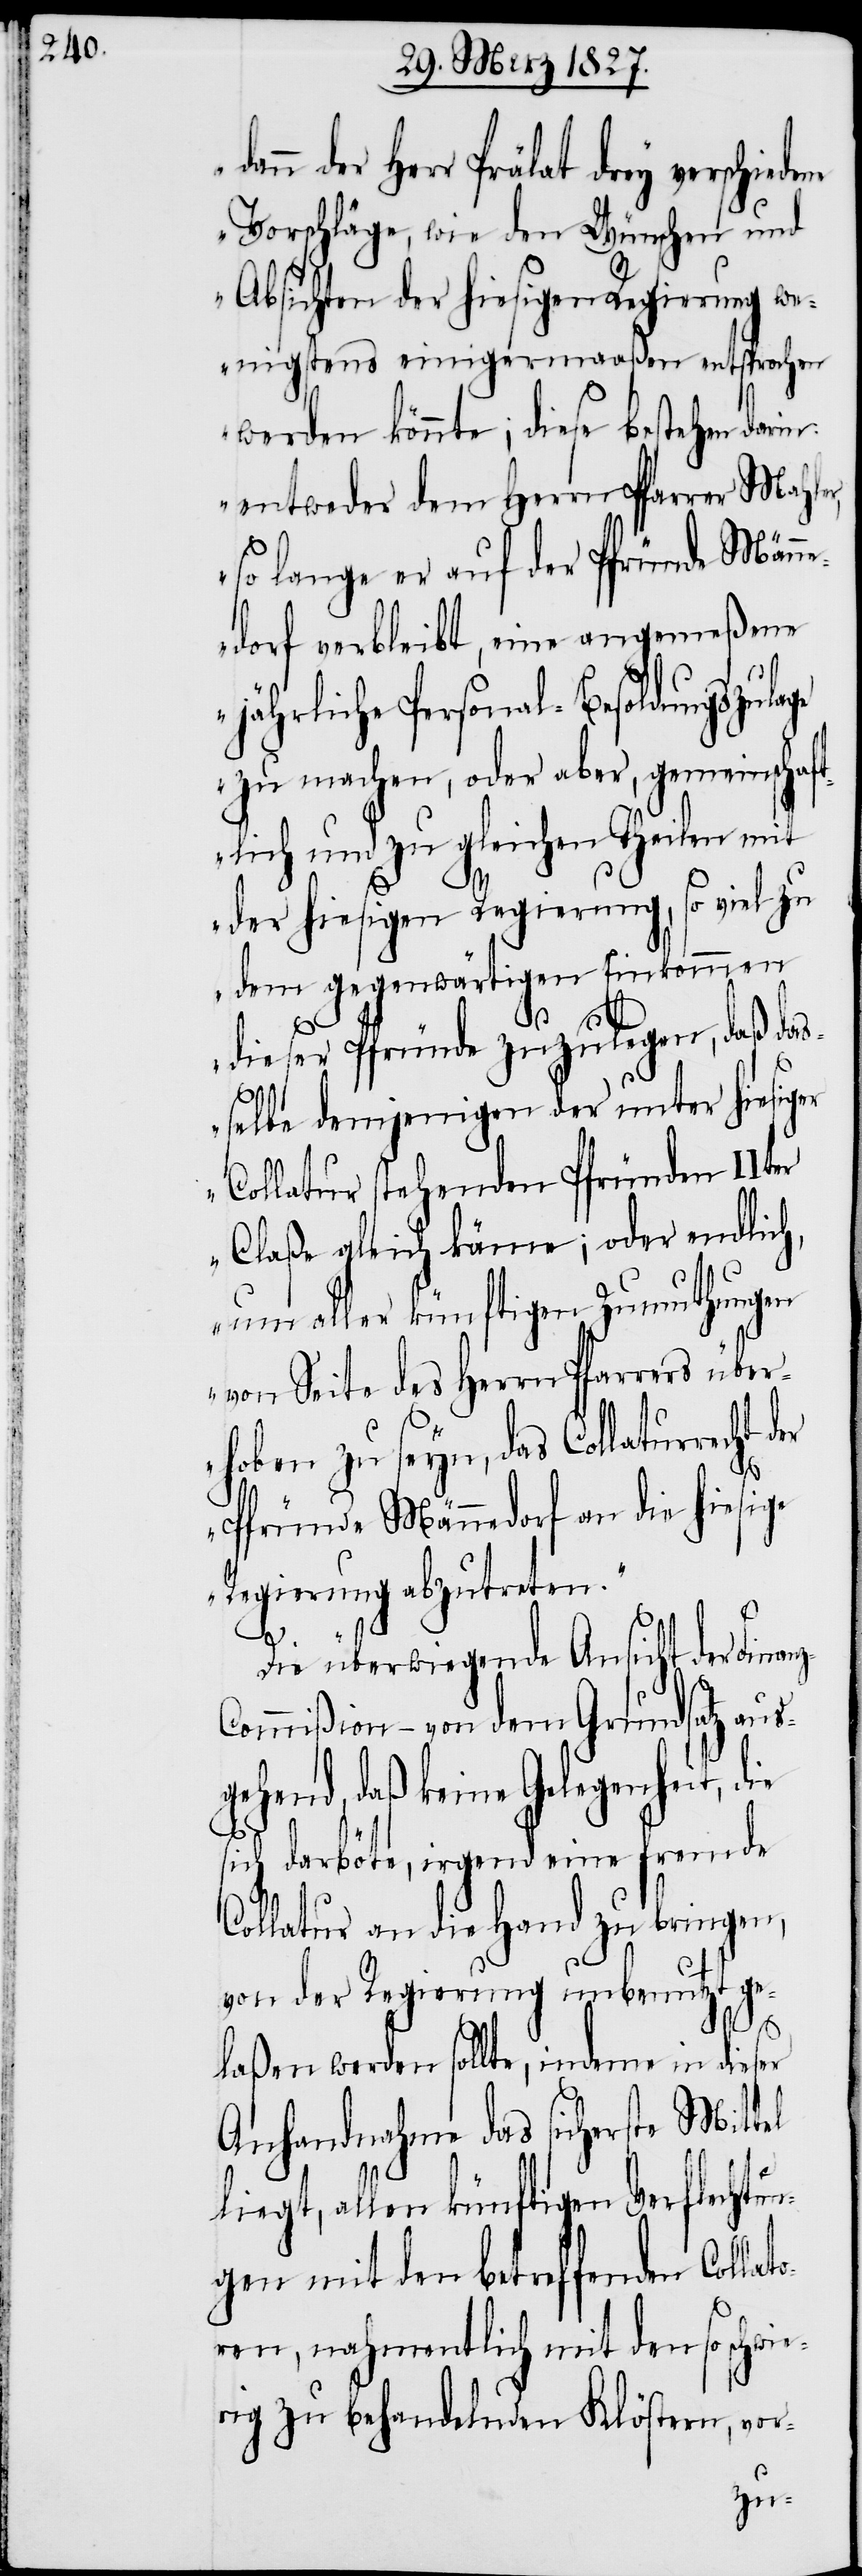
der Herr Prälat drey verschiede¬
Vorschläge, wie den Wünschen und
Absichten der hiesigen Regierung we¬
nigstens einigermaaßen entsprochen
werden könnte; diese bestehen dari¬
entweder dem Herrn Pfarrer Mahler,
so lange er auf der Pfründe Männ¬
edorf verbleibt, eine angemeßene
jährliche Personal-Besoldungszulage
zu machen, oder aber, gemeinschaf¬
tlich und zu gleichen Theilen mit
dann
der hiesigen Regierung, so viel zu
dem gegenwärtigen Einkommen
dieser Pfründe zuzulegen, daß da¬
s¬
selbe demjenigen der unter hiesiger
Collatur stehenden Pfründen IIter
Claße gleich käme; oder endlich,
um aller künftigen Zumuthungen
von Seite des Herrn Pfarrers über¬
hoben zu seyn, das Collaturrecht
Pfründe Männedorf an die hiesige
Regierung abzutreten.“
Die überwiegende Ansicht der Finanz-C¬
ommißion – von dem Grundsatz aus¬
hend, daß keine Gelegenheit,
die
sich darböte, irgend eine fremde
Collatur an die Hand zu bringen,
von der Regierung unbenutzt ge¬
laßen werden sollte, indeme in dieser
Anhandnahme das sicherste Mittel
liegt, allen künftigen Verflechtun¬
gen mit den betreffenden Collat¬
oren, nahmentlich mit den so schwie¬
rig zu behandelnden Klöstern, vor-